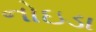
નોઇડા